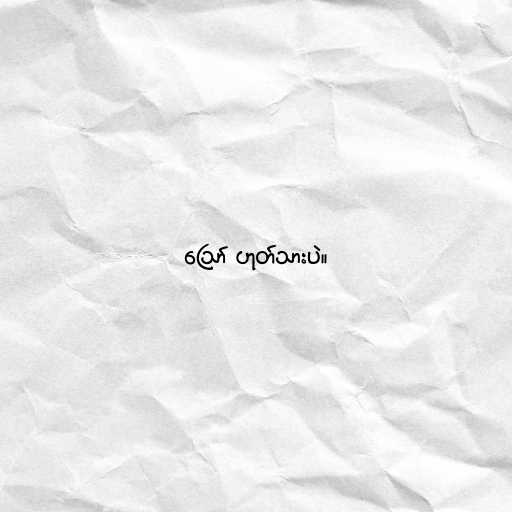
ဪ ဟုတ်သားပဲ။